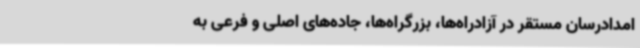
امدادرسان مستقر در آزادراه‌ها، بزرگراه‌ها، جاده‌های اصلی و فرعی به